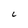
Character: C